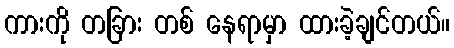
ကားကို တခြား တစ် နေရာမှာ ထားခဲ့ချင်တယ်။